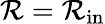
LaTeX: \mathcal{R}=\mathcal{R}_{\mathrm{{in}}}